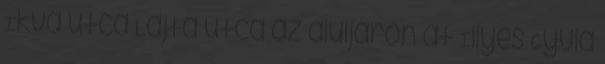
Ikva utca Lajta utca az aluljárón át Illyés Gyula